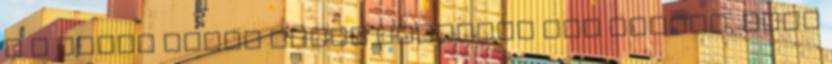
S a nagyi akkor éjjel megkérte von Grafot, hogy